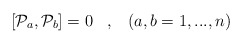
\begin{align*}\left[ {{\cal P}}_a , {{\cal P}}_b \right] =0 \;\;\;,\;\;\;\left(a,b=1,...,n\right)\end{align*}